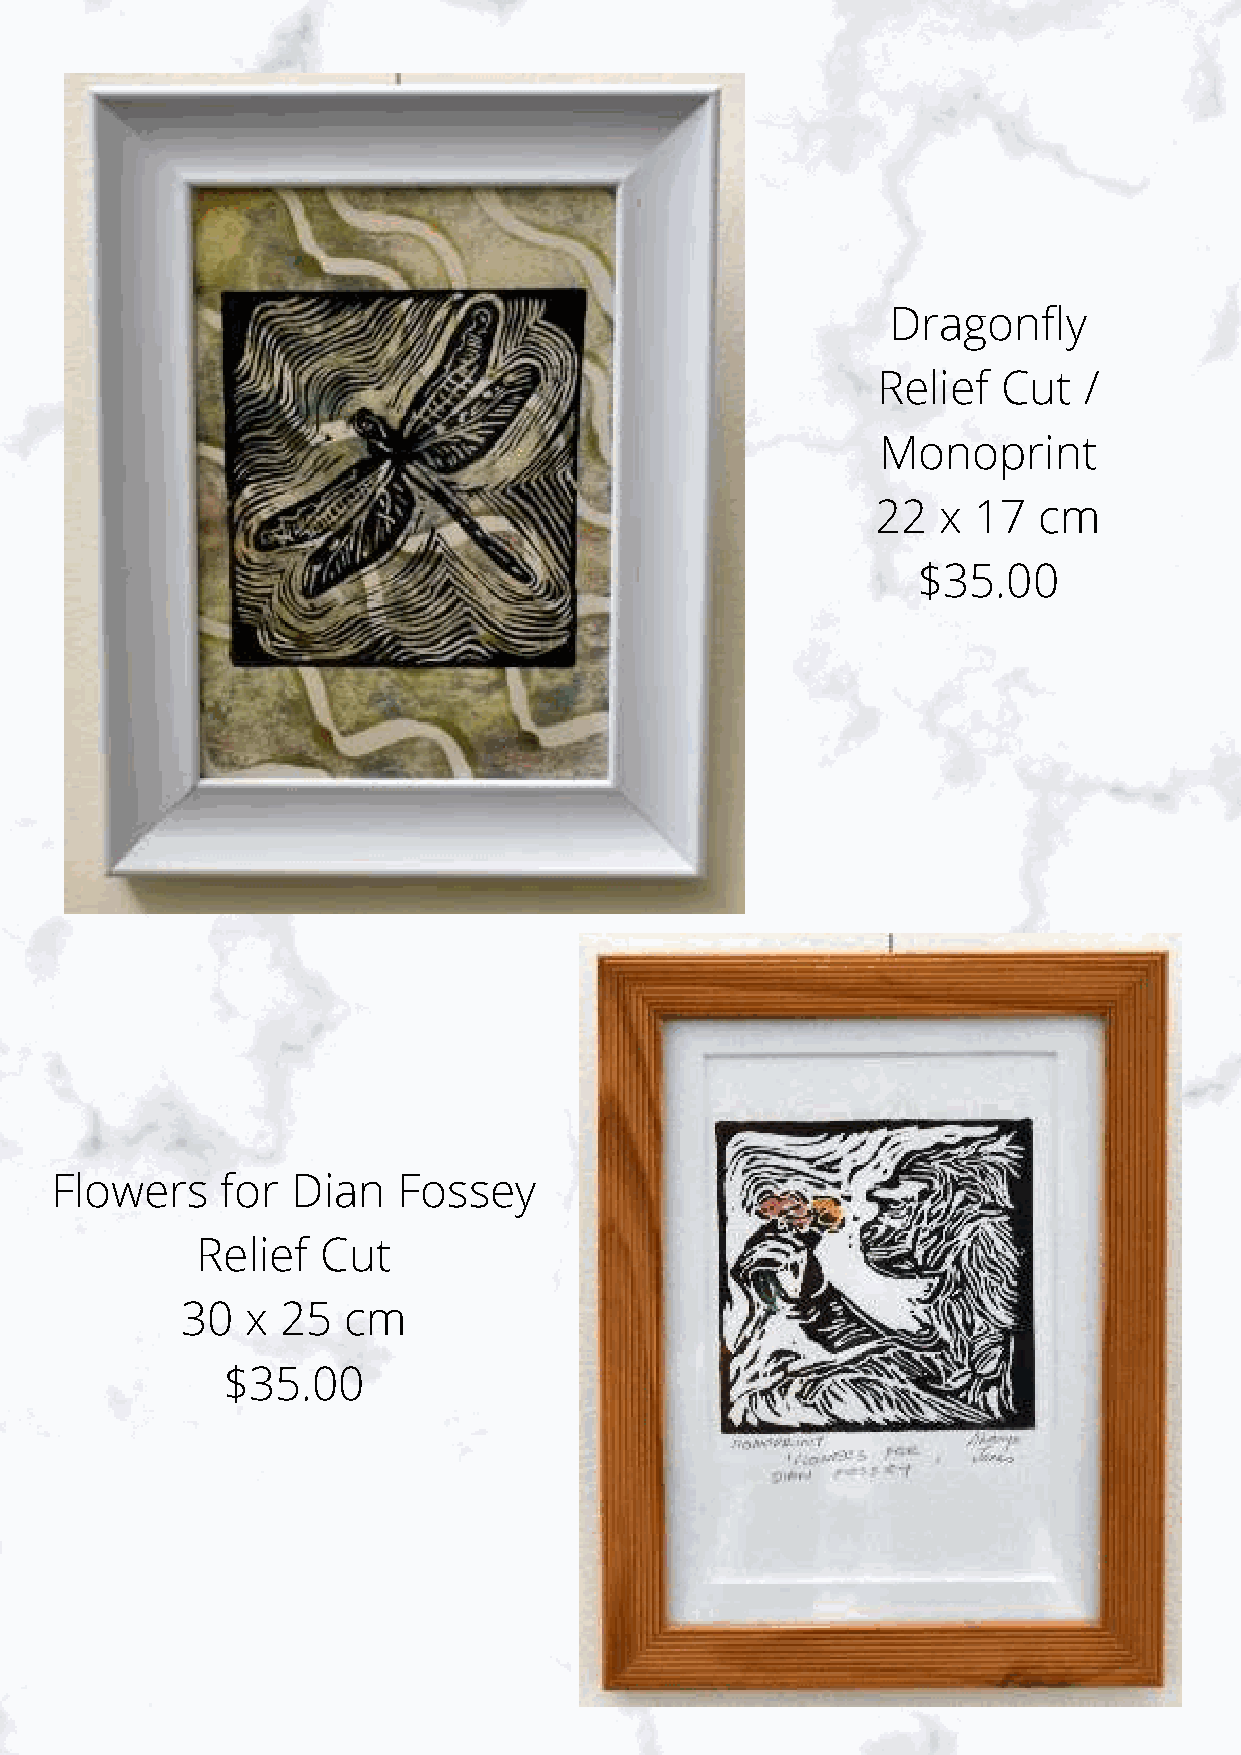
Dragonfly
 Relief  Cut   /
 Monoprint
 22  x 17   cm
 $35.00
 Flowers     for Dian   Fossey
 Relief  Cut
 30  x  25  cm
 $35.00